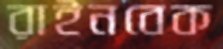
রাইনবেক